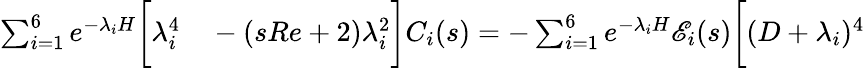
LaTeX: \begin{array}{rl}{\sum_{i=1}^{6}e^{-\lambda_{i}H}\bigg[\lambda_{i}^{4}}&{{}-(sRe+2)\lambda_{i}^{2}\bigg]C_{i}(s)=-\sum_{i=1}^{6}e^{-\lambda_{i}H}\mathscr{E}_{i}(s)\bigg[(D+\lambda_{i})^{4}}\end{array}